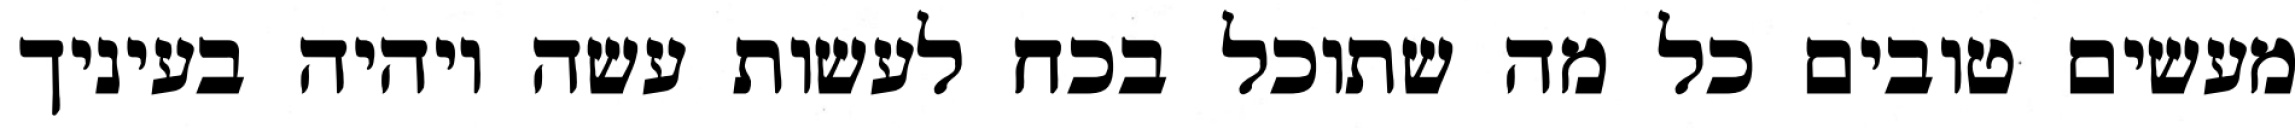
מעשים טובים כל מה שתוכל בכח לעשות עשה ויהיה בעיניך